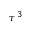
\tau ^ { 3 }